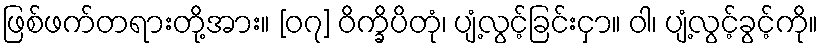
ဖြစ်ဖက်တရားတို့အား။ [၀၇] ဝိက္ခိပိတုံ၊ ပျံ့လွင့်ခြင်းငှာ။ ဝါ၊ ပျံ့လွင့်ခွင့်ကို။